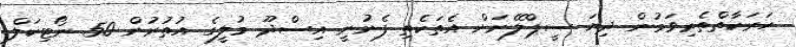
ހަރަކާތްތެރިވަމުން ދިޔަ ސީޕްލޭނަށް އެތަކެތި ފެނުނީ އިސްދޫ މުލީގެ އުތުރުން 50 ނޯޓިކަލް